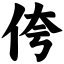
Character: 侉